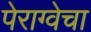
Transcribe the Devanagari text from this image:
पेराग्वेचा